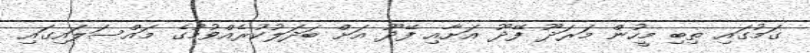
ގަމުގައި ތިބި މީހުން މަރަދޫ ފޭދޫ އަށާއި ފޭދޫ އަށް ބަދަލުކުރެއްވުމުގެ މައްސަލައިގައި